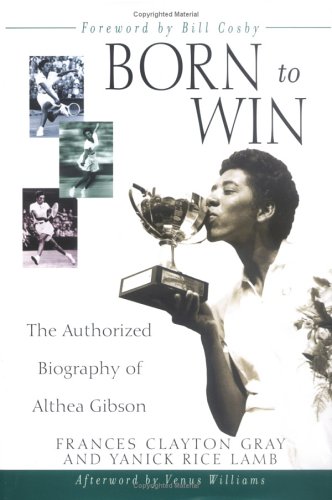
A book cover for Born to Win: The Authorized Biography of Althea Gibson; Frances Clayton Gray; Sports & Outdoors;